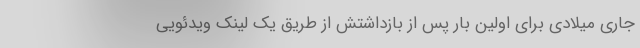
جاری میلادی برای اولین بار پس از بازداشتش از طریق یک لینک ویدئویی